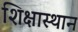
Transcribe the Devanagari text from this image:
शिक्षास्थान